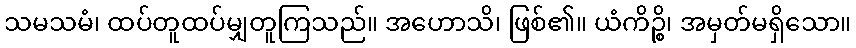
သမသမံ၊ ထပ်တူထပ်မျှတူကြသည်။ အဟောသိ၊ ဖြစ်၏။ ယံကိဉ္စိ၊ အမှတ်မရှိသော။